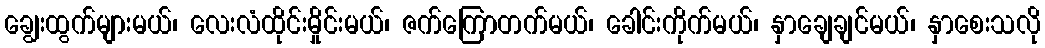
ချွေးထွက်များမယ်၊ လေးလံထိုင်းမှိုင်းမယ်၊ ဇက်ကြောတက်မယ်၊ ခေါင်းကိုက်မယ်၊ နှာချေချင်မယ်၊ နှာစေးသလို